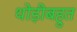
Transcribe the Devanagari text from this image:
थोड़ीबहुत